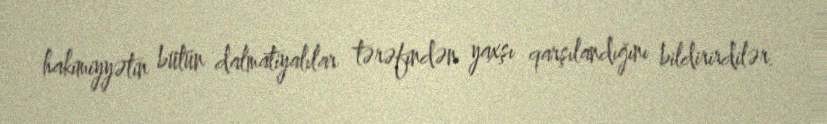
hakimiyyətin bütün dalmatiyalılar tərəfindən yaxşı qarşılandığını bildirirdilər.